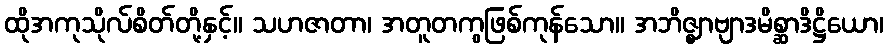
ထိုအကုသိုလ်စိတ်တို့နှင့်။ သဟဇာတာ၊ အတူတကွဖြစ်ကုန်သော။ အဘိဇ္ဈာဗျာဒမိစ္ဆာဒိဋ္ဌိယော၊